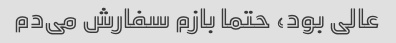
عالی بود، حتما بازم سفارش می‌دم